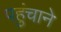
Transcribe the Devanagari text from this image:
पहुुंचाने